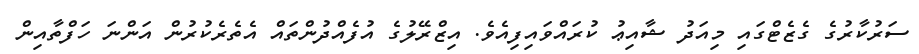
ސަރުކާރުގެ ގެޒެޓްގައި މިއަދު ޝާއިޢު ކުރައްވައިފިއެވެ. އިޒްރޭލުގެ އުފެއްދުންތައް އެތެރެކުރުން އަންނަ ހަފްތާއިން